画像に写った文字を読んでください
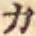
「カ」と書いてあります